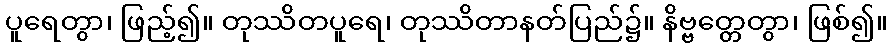
ပူရေတွာ၊ ဖြည့်၍။ တုဿိတပူရေ၊ တုဿိတာနတ်ပြည်၌။ နိဗ္ဗတ္တေတွာ၊ ဖြစ်၍။